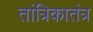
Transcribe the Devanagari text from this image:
तांत्रिकातंत्र